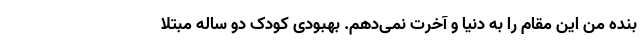
بنده من این مقام را به دنیا و آخرت نمی‌دهم. بهبودی کودک دو ساله مبتلا